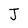
Character: J